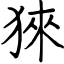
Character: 猍